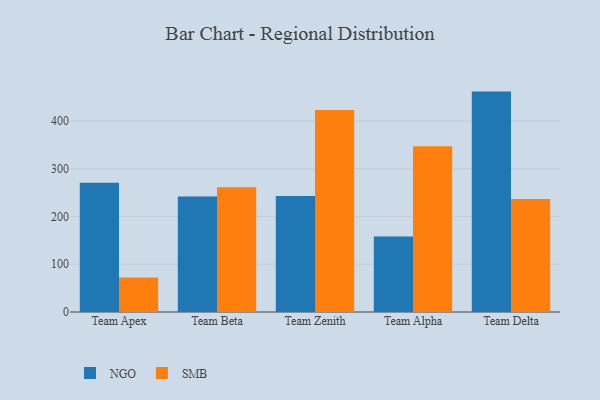
{"axis": {"x": "Team", "y": "Tickets Resolved"}, "legend": ["NGO", "SMB"], "data": [{"x": "Team Apex", "y": 270.5, "type": "NGO"}, {"x": "Team Apex", "y": 72.0, "type": "SMB"}, {"x": "Team Beta", "y": 241.7, "type": "NGO"}, {"x": "Team Beta", "y": 261.2, "type": "SMB"}, {"x": "Team Zenith", "y": 242.6, "type": "NGO"}, {"x": "Team Zenith", "y": 423.1, "type": "SMB"}, {"x": "Team Alpha", "y": 158.2, "type": "NGO"}, {"x": "Team Alpha", "y": 347.0, "type": "SMB"}, {"x": "Team Delta", "y": 461.4, "type": "NGO"}, {"x": "Team Delta", "y": 236.7, "type": "SMB"}]}